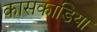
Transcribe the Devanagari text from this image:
कासकाडिया